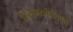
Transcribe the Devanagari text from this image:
हिराण्यकशिपूने